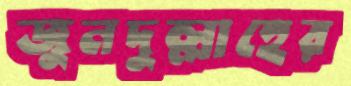
জুনদুল্লাহের